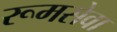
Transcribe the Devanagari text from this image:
रूमसेवा